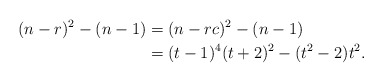
\begin{align*}(n-r)^2-(n-1)&=(n-rc)^2-(n-1)\\&=(t-1)^4(t+2)^2-(t^2-2)t^2.\end{align*}